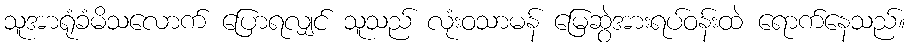
သူအာရုံခံမိသလောက် ပြောရလျှင် သူသည် လုံးဝသာမန် မြေဆွဲအားရပ်ဝန်းထဲ ရောက်နေသည်။